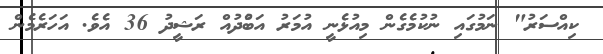
ކިއްސަރު" ނަމުގައި ނުކުމެގެން މިއުޅެނީ އުމަރު އަބްުދުއް ރަޝީދު 36 އެވެ. އަހަރެމެން